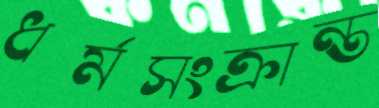
ধর্মসংক্রান্ত